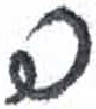
אות: פ